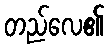
တည်လေ၏